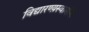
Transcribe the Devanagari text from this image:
विद्यारण्य़स्वामींनी